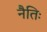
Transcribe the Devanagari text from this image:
नैतिः